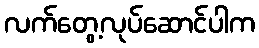
လက်တွေ့လုပ်ဆောင်ပါက